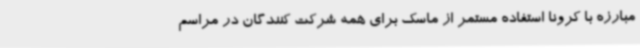
مبارزه با کرونا استفاده مستمر از ماسک برای همه شرکت کنندگان در مراسم